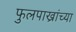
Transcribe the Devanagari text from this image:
फुलपाख्रांच्या